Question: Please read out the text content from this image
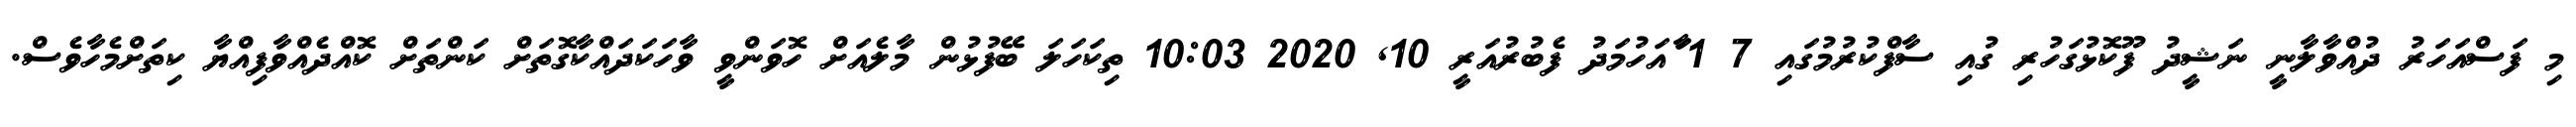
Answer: މި ފަސްއަހަރު ދުއްވާލާނީ ނަޝީދު ފޫކޮޅުގަހުރި ގުއި ސާފްކުރުމުގައި 7 1 ާައަހުމަދު ފެބުރުއަރީ 10, 2020 10:03 ތިކަހަލަ ބޭފުޅުން މާލެއަށް ހޮވަންވީ ވާހަކަދައްކާގޮތަށް ކަންތަށް ކޮއްދެއްވާފިއްޔާ ކިތަށްމެހާވެސް.